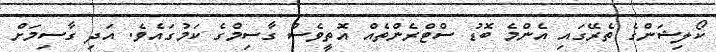
ކޯލިޝަންގެ ތެރޭގައި އެންމެ ބޮޑު ސްޓްރެންތެއް އޮތީވެސް ގާސިމްގެ ކަމުގައެވެ. އަދި ގާސިމަށް